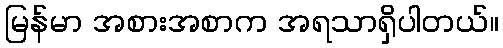
မြန်မာ အစားအစာက အရသာရှိပါတယ်။